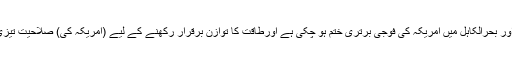
رپورٹ کے مطابق 'بحرہند اور بحرالکاہِل میں امریکہ کی فوجی برتری ختم ہو چکی ہے اورطاقت کا توازن برقرار رکھنے کے لیے (امریکہ کی) صلاحیت تیزی سے غیریقینی ہو رہی ہے۔